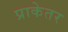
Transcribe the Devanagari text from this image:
प्राकेतर